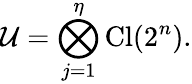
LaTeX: \mathcal{U}=\bigotimes_{j=1}^{\eta}\mathrm{Cl}(2^{n}).